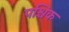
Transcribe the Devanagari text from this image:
पश्चिक